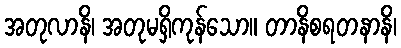
အတုလာနိ၊ အတုမရှိကုန်သော။ တာနိစရတနာနိ၊